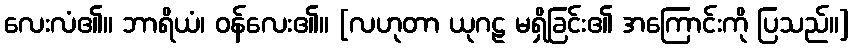
လေးလံ၏။ ဘာရိယံ၊ ဝန်လေး၏။ [လဟုတာ ယုဂဠ မရှိခြင်း၏ အကြောင်းကို ပြသည်။]